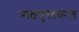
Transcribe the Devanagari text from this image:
पाठपुस्तकात